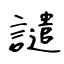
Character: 譴